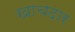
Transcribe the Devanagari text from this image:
खाचदार